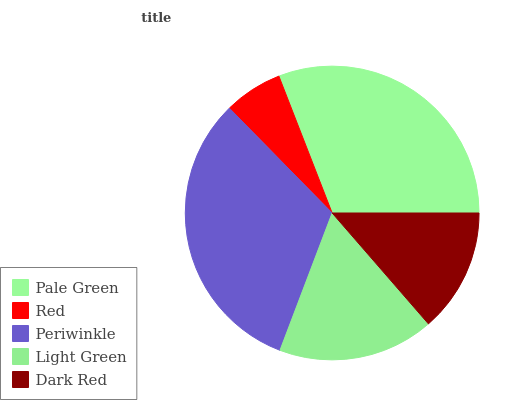
| Pale Green | Red | Periwinkle | Light Green | Dark Red |
 | --- | --- | --- | --- | --- |
 | 30.9% | 6.45% | 31.8% | 17.2% | 13.6% |